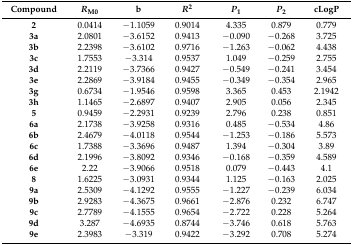
<table><thead><tr><td><b>Compound</b></td><td><b><i>R</i><sub>M0</sub></b></td><td><b>b</b></td><td><b><i>R</i><sup>2</sup></b></td><td><b><i>P</i><sub>1</sub></b></td><td><b><i>P</i><sub>2</sub></b></td><td><b>cLogP</b></td></tr></thead><tbody><tr><td><b>2</b></td><td>0.0414</td><td>−1.1059</td><td>0.9014</td><td>4.335</td><td>0.879</td><td>0.779</td></tr><tr><td><b>3a</b></td><td>2.0801</td><td>−3.6152</td><td>0.9413</td><td>−0.090</td><td>−0.268</td><td>3.725</td></tr><tr><td><b>3b</b></td><td>2.2398</td><td>−3.6102</td><td>0.9716</td><td>−1.263</td><td>−0.062</td><td>4.438</td></tr><tr><td><b>3c</b></td><td>1.7553</td><td>−3.314</td><td>0.9537</td><td>1.049</td><td>−0.259</td><td>2.755</td></tr><tr><td><b>3d</b></td><td>2.2119</td><td>−3.7366</td><td>0.9427</td><td>−0.549</td><td>−0.241</td><td>3.454</td></tr><tr><td><b>3e</b></td><td>2.2869</td><td>−3.9184</td><td>0.9455</td><td>−0.349</td><td>−0.354</td><td>2.965</td></tr><tr><td><b>3g</b></td><td>0.6734</td><td>−1.9546</td><td>0.9598</td><td>3.365</td><td>0.453</td><td>2.1942</td></tr><tr><td><b>3h</b></td><td>1.1465</td><td>−2.6897</td><td>0.9407</td><td>2.905</td><td>0.056</td><td>2.345</td></tr><tr><td><b>5</b></td><td>0.9459</td><td>−2.2931</td><td>0.9239</td><td>2.796</td><td>0.238</td><td>0.851</td></tr><tr><td><b>6a</b></td><td>2.1738</td><td>−3.9258</td><td>0.9316</td><td>0.485</td><td>−0.534</td><td>4.86</td></tr><tr><td><b>6b</b></td><td>2.4679</td><td>−4.0118</td><td>0.9544</td><td>−1.253</td><td>−0.186</td><td>5.573</td></tr><tr><td><b>6c</b></td><td>1.7388</td><td>−3.3696</td><td>0.9487</td><td>1.394</td><td>−0.304</td><td>3.89</td></tr><tr><td><b>6d</b></td><td>2.1996</td><td>−3.8092</td><td>0.9346</td><td>−0.168</td><td>−0.359</td><td>4.589</td></tr><tr><td><b>6e</b></td><td>2.22</td><td>−3.9066</td><td>0.9518</td><td>0.079</td><td>−0.443</td><td>4.1</td></tr><tr><td><b>8</b></td><td>1.6225</td><td>−3.0931</td><td>0.9344</td><td>1.125</td><td>−0.163</td><td>2.025</td></tr><tr><td><b>9a</b></td><td>2.5309</td><td>−4.1292</td><td>0.9555</td><td>−1.227</td><td>−0.239</td><td>6.034</td></tr><tr><td><b>9b</b></td><td>2.9283</td><td>−4.3675</td><td>0.9661</td><td>−2.876</td><td>0.232</td><td>6.747</td></tr><tr><td><b>9c</b></td><td>2.7789</td><td>−4.1555</td><td>0.9654</td><td>−2.722</td><td>0.228</td><td>5.264</td></tr><tr><td><b>9d</b></td><td>3.287</td><td>−4.6935</td><td>0.8744</td><td>−3.746</td><td>0.618</td><td>5.763</td></tr><tr><td><b>9e</b></td><td>2.3983</td><td>−3.319</td><td>0.9422</td><td>−3.292</td><td>0.708</td><td>5.274</td></tr></tbody></table>